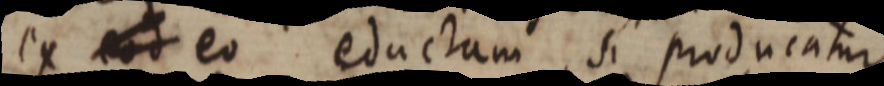
ex eod eo eductam si producatur